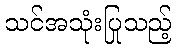
သင်အသုံးပြုသည့်